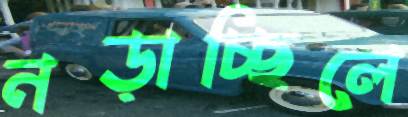
নড়াচ্ছিলে